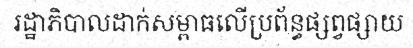
រដ្ឋាភិបាលដាក់សម្ពាធលើប្រព័ន្ធផ្សព្វផ្សាយ